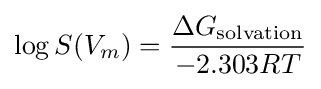
\log S(V_{m})={\frac {\Delta G_{\text{solvation}}}{-2.303RT}}